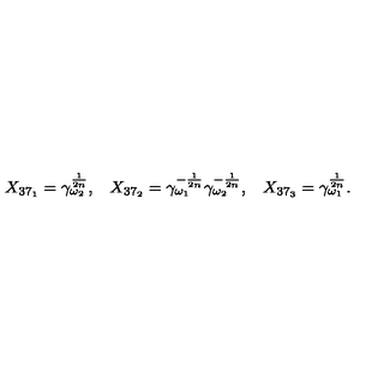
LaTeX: \begin{array} { l l l } { X _ { 3 7 _ { 1 } } = \gamma _ { \omega _ { 2 } } ^ { \frac { 1 } { 2 n } } , } & { X _ { 3 7 _ { 2 } } = \gamma _ { \omega _ { 1 } } ^ { - \frac { 1 } { 2 n } } \gamma _ { \omega _ { 2 } } ^ { - \frac { 1 } { 2 n } } , } & { X _ { 3 7 _ { 3 } } = \gamma _ { \omega _ { 1 } } ^ { \frac { 1 } { 2 n } } . } \\ \end{array}